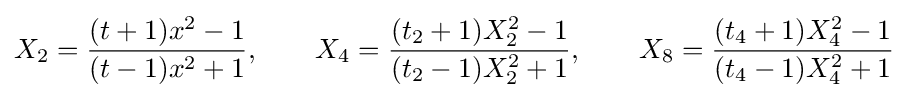
X_{2}={\frac {(t+1)x^{2}-1}{(t-1)x^{2}+1}},\qquad X_{4}={\frac {(t_{2}+1)X_{2}^{2}-1}{(t_{2}-1)X_{2}^{2}+1}},\qquad X_{8}={\frac {(t_{4}+1)X_{4}^{2}-1}{(t_{4}-1)X_{4}^{2}+1}}